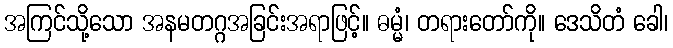
အကြင်သို့သော အနမတဂ္ဂအခြင်းအရာဖြင့်။ ဓမ္မံ၊ တရားတော်ကို။ ဒေသိတံ ခေါ၊